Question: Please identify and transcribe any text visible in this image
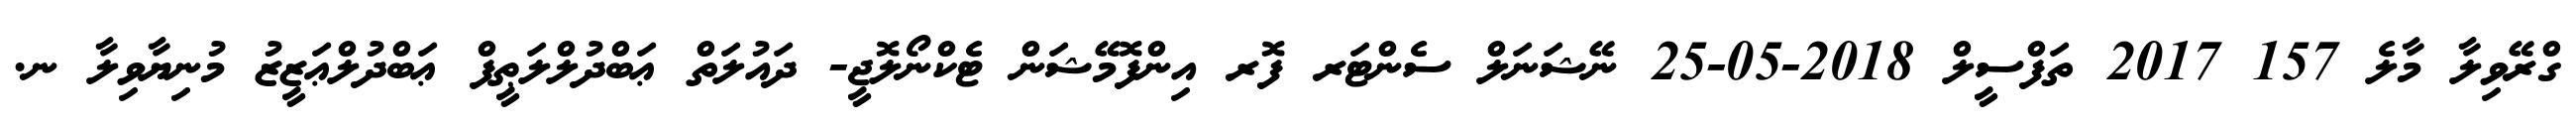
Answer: ގްރޭވިލާ މާލެ 157 2017 ތަފްސީލް 2018-05-25 ނޭޝަނަލް ސެންޓަރ ފޮރ އިންފޮމޭޝަން ޓެކްނޯލޮޖީ- ދައުލަތް ޢަބްދުލްލަޠީފް ޢަބްދުލްޢަޒީޒު މުނިޔާވިލާ ނ.